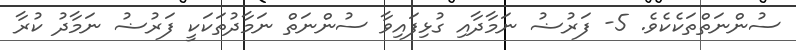
ސުންނަތްތަކެކެވެ. 5- ފަރުޟު ނަމާދާއި ގުޅިފައިވާ ސުންނަތް ނަމާދުތަކަކީ ފަރުޟު ނަމާދު ކުރާ